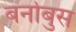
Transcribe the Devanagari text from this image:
बर्नाबुस